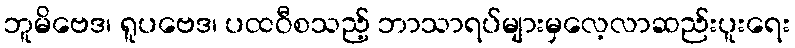
ဘူမိဗေဒ၊ ရူပဗေဒ၊ ပထဝီစသည့် ဘာသာရပ်များမှလေ့လာဆည်းပူးရေး